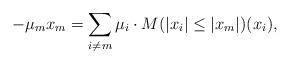
\begin{align*} -\mu_m x_m = \sum_{i \neq m} \mu_i \cdot M(|x_i| \leq |x_m|)(x_i),\end{align*}